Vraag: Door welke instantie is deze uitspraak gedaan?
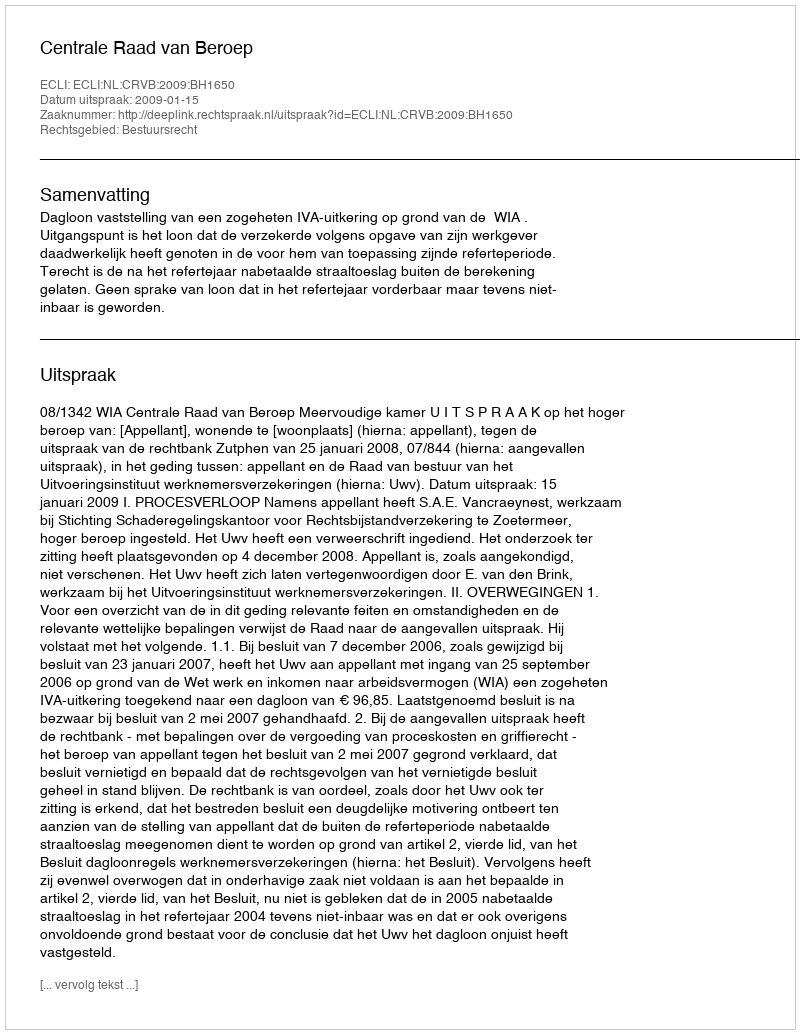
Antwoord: Centrale Raad van Beroep